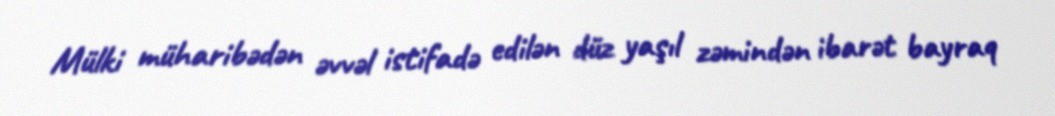
Mülki müharibədən əvvəl istifadə edilən düz yaşıl zəmindən ibarət bayraq